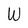
Character: W